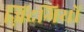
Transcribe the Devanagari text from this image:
ज़िंदगियों